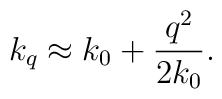
k_q\approx k_0+\frac{q^2}{2k_0}.